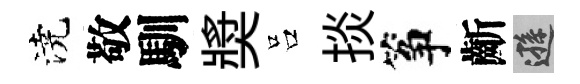
澆敬馴奬吕掞筝齗遜